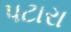
પટારા